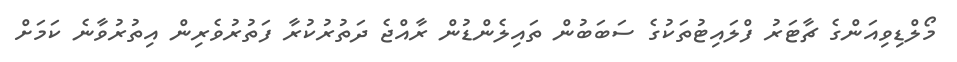
މޯލްޑިވިއަންގެ ޗާޓަރު ފްލައިޓުތަކުގެ ސަބަބުން ތައިލެންޑުން ރާއްޖެ ދަތުރުކުރާ ފަތުރުވެރިން އިތުރުވާނެ ކަމަށް